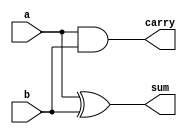
`timescale 1ns/1ps

/* half adder module */ 

module hadder(input a, input b, output sum, output carry);
	xor (sum, a, b);
	and (carry, a, b);
endmodule